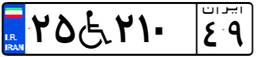
۸۹W۸۰۵۸۶